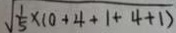
\sqrt { \frac { 1 } { 5 } \times 1 0 + 4 + 1 + 4 + 1 ) }